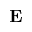
\textbf { E }